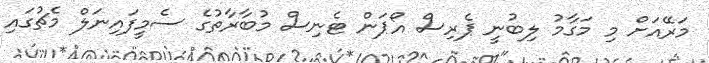
މަރޭއަށް މި މަގާމު ލިބުނީ ޕެރިސް އޯޕަން ޓެނިސް މުބާރާތުގެ ސެމީފައިނަލް މެޗުގައި